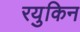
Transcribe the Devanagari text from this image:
रयुकिन